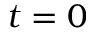
t = 0